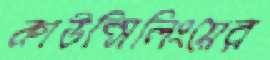
কাউন্সিলিংয়ের